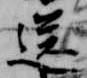
送